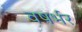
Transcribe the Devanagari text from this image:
वषर्भर